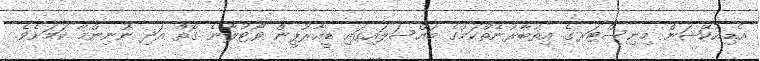
އެޑިއުކޭޝަން މިނިސްޓަރގެ އިތުބާރުނެތްކަމުގެ މައްސަލައިގައި ޑީއާރުޕީން ވޯޓުލާނެ ގޮތް އަދި ނުނިންމާ ކަމަށެވެ.